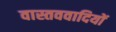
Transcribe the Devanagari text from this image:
वास्तववादियों